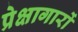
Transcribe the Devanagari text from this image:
प्रेक्षागारों